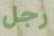
رجل